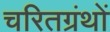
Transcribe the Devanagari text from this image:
चरितग्रंथों